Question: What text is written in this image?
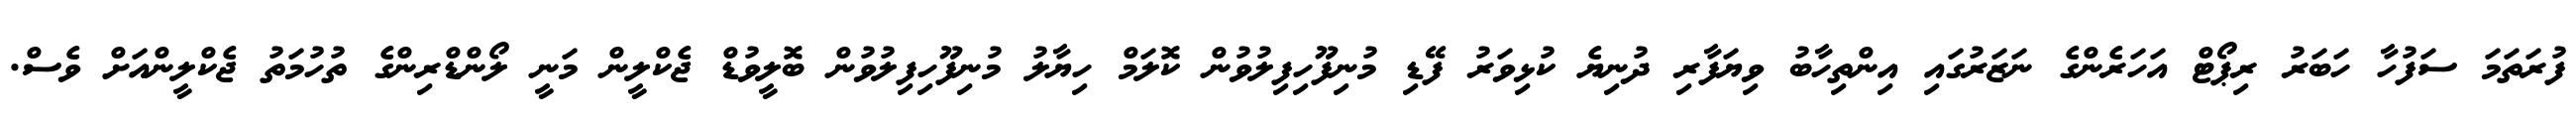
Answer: ފުރަތަމަ ސަފުހާ ހަބަރު ރިޕޯޓް އަހަރެންގެ ނަޒަރުގައި އިންތިހާބު ވިޔަފާރި ދުނިޔެ ކުޅިވަރު ފޭޑި މުނިފޫހިފިލުވުން ކޮލަމް ހިޔާލު މުނިފޫހިފިލުވުން ބޮލީވުޑް ޖެކްލީން މަނީ ލޯންޑްރިންގެ ތުހުމަތު ޖެކްލީންއަށް ވެސް.